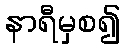
နာရီမှစ၍